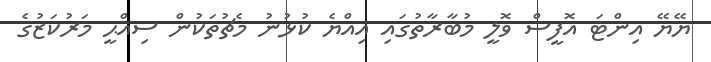
ޔޭޔޭ އިންޓަ އޮފީސް ވޮލީ މުބާރާތުގައި އިއްޔެ ކުޅުނު މެޗުތަކުން ސިއްޙީ މަރުކަޒުގެ